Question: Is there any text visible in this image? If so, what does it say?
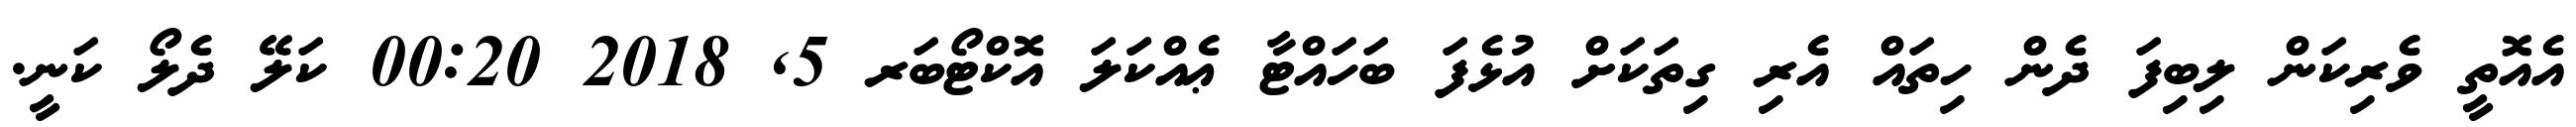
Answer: އެއޮތީ ވެރިކަން ލިބިފަ ދެން ހިތައް އެރި ގިތަކަށް އުޅެފަ ބަހައްޓާ ޢެއްކަަލަ އޮކްޓޯބަރ 5, 2018 00:20 ކަލޭ ދެލޯ ކަނީ.